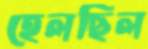
হেলছিল